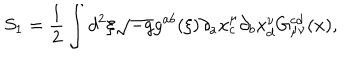
S _ { 1 } = \frac { 1 } { 2 } \int d ^ { 2 } \xi \sqrt { - g } g ^ { a b } ( \xi ) \partial _ { a } x _ { c } ^ { \mu } \partial _ { b } x _ { d } ^ { \nu } G _ { \mu \nu } ^ { c d } ( x ) ,